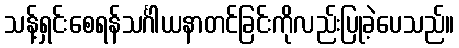
သန့်ရှင်းစေရန်သင်္ဂါယနာတင်ခြင်းကိုလည်းပြုခဲ့ပေသည်။